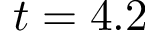
t = 4 . 2